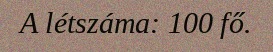
A létszáma: 100 fő.